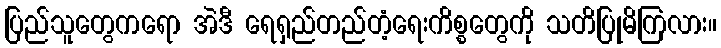
ပြည်သူတွေကရော အဲဒီ ရေရှည်တည်တံ့ရေးကိစ္စတွေကို သတိပြုမိကြလား။